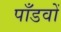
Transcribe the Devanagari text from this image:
पाँडवों